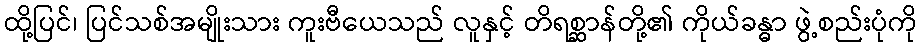
ထို့ပြင်၊ ပြင်သစ်အမျိုးသား ကူးဗီယေသည် လူနှင့် တိရစ္ဆာန်တို့၏ ကိုယ်ခန္ဓာ ဖွဲ့စည်းပုံကို